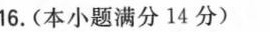
16.(本小题满分14分)